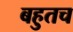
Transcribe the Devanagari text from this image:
बहुतच